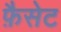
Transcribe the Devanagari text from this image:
फ़ैसेट